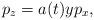
LaTeX: \begin{align*}p_z=a(t)y p_x,\end{align*}